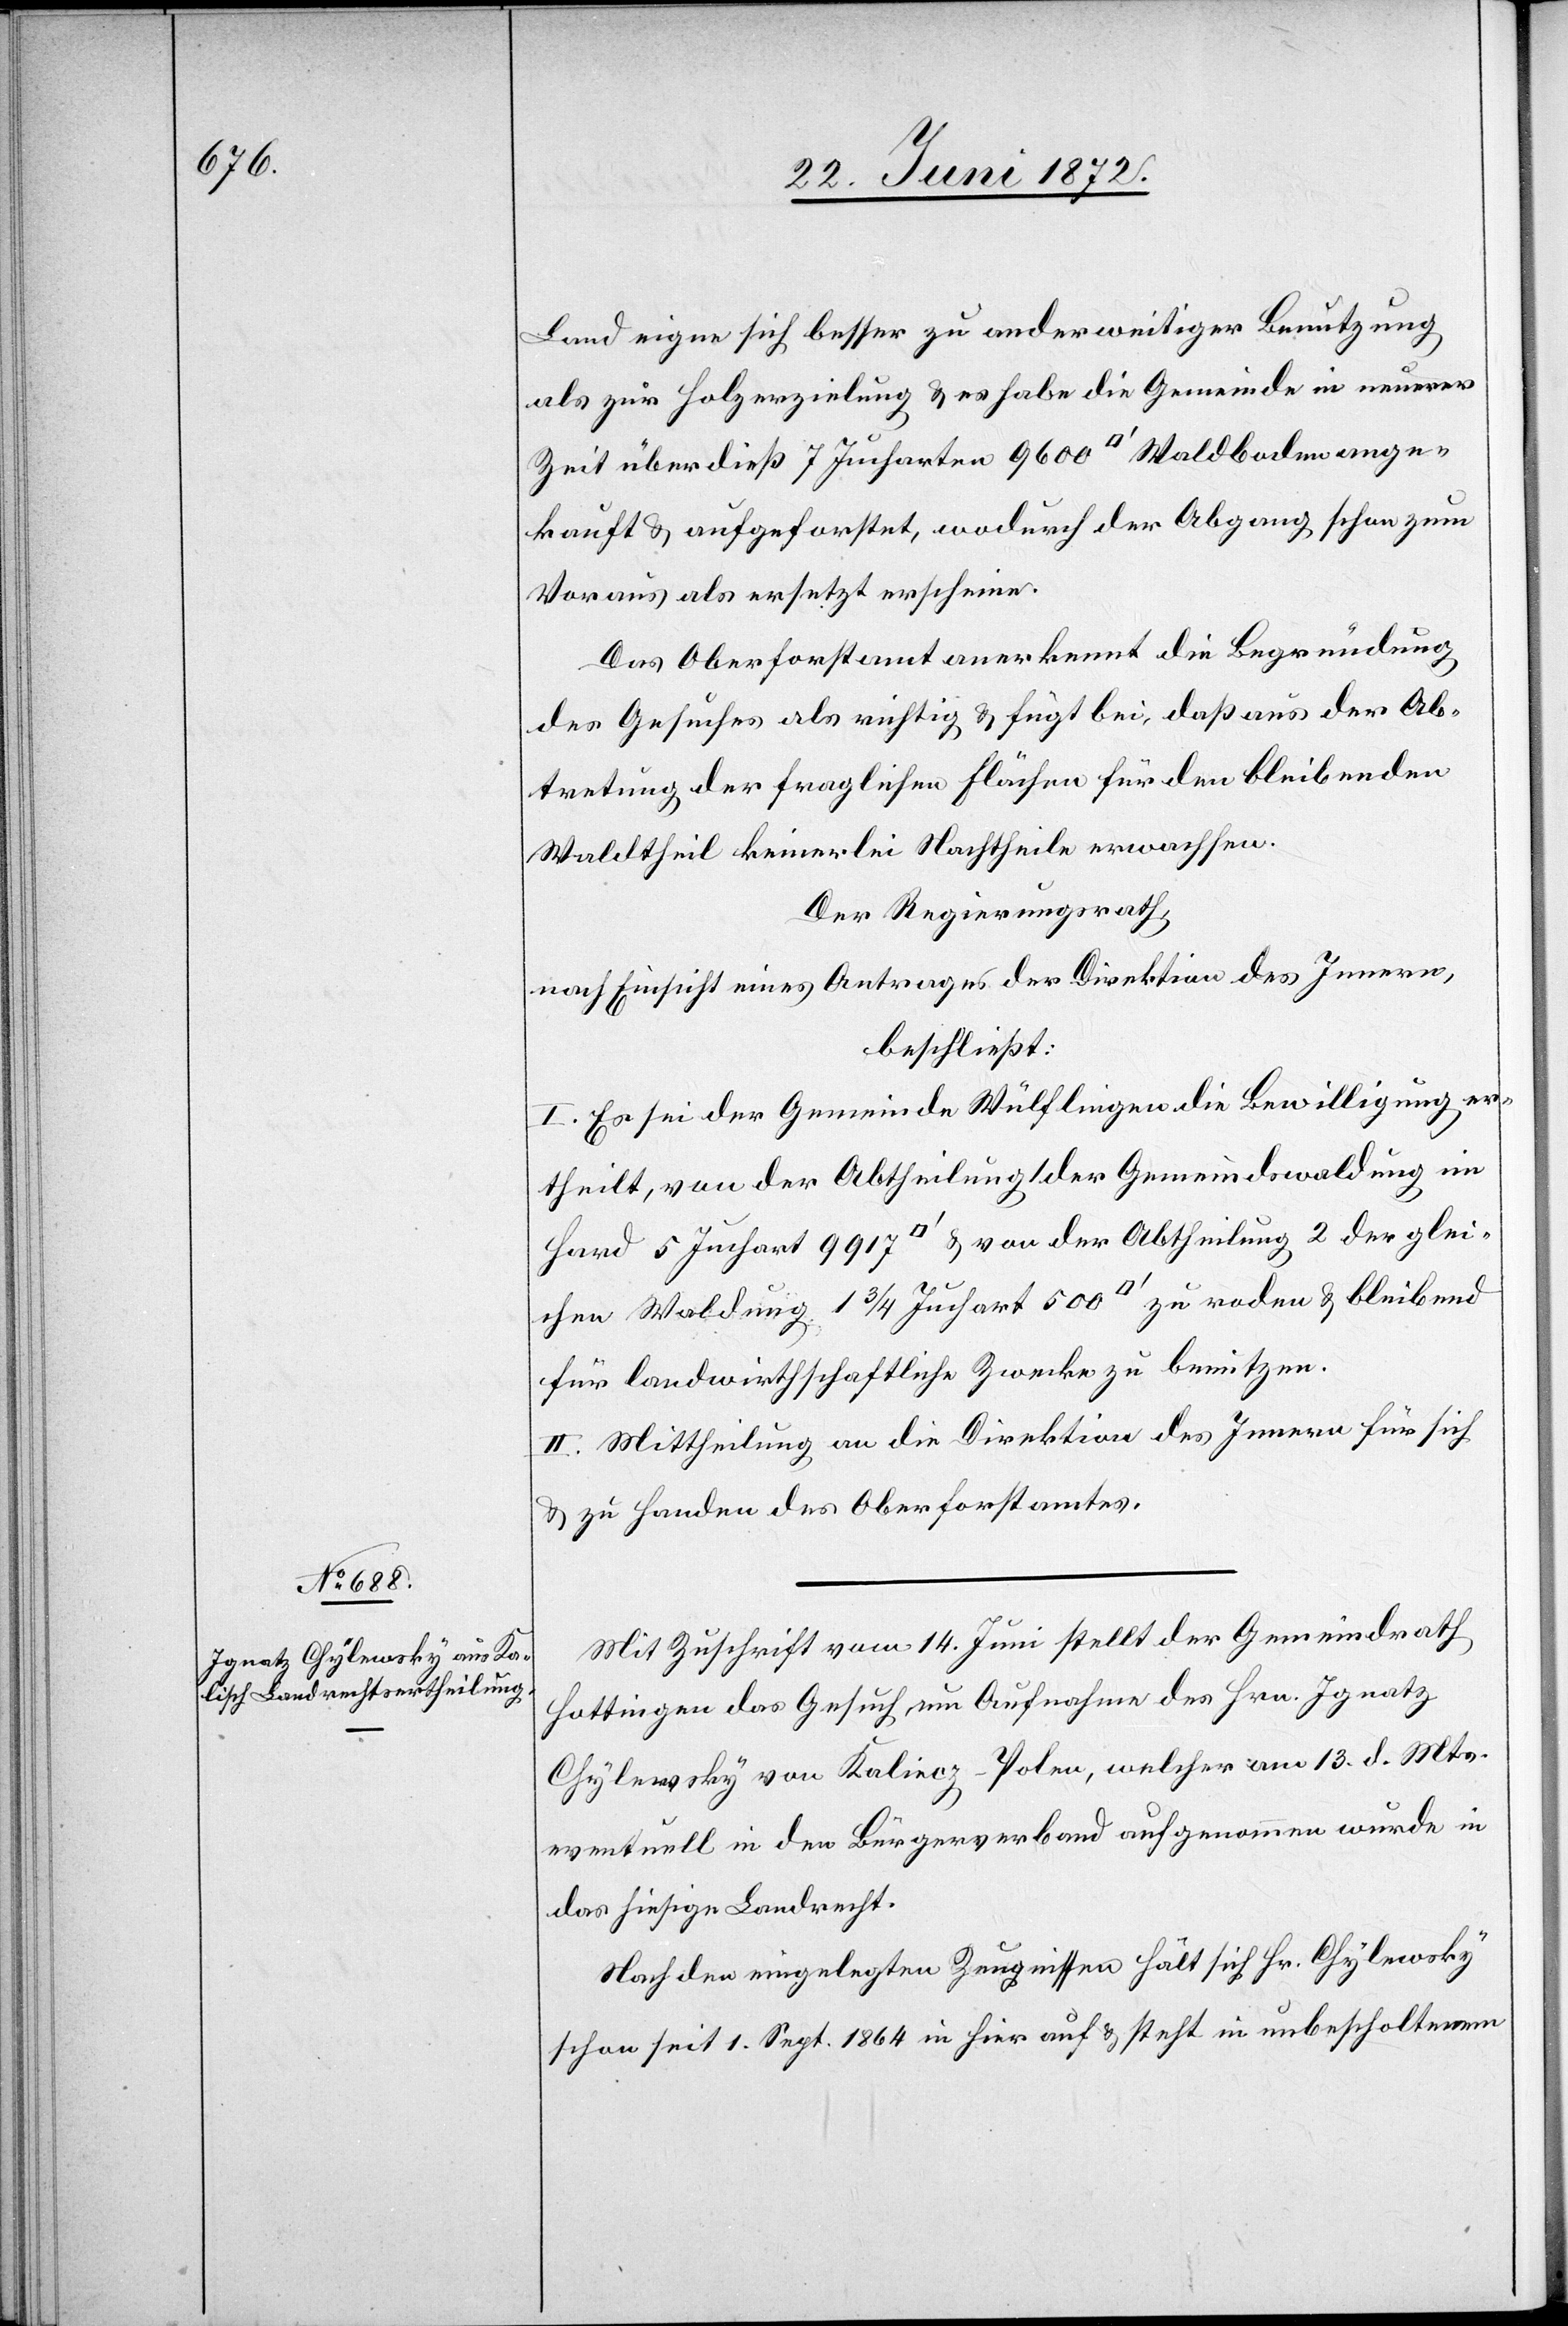
Land eigne sich besser zu anderweitiger Benutzung
als zur Holzerzielung u. es habe die Gemeinde in neuerer
Zeit überdieß 7 Jucharten 9600 [Quadratfuss] Waldboden ange¬
kauft u. aufgeforstet, wodurch der Abgang schon zum
Voraus als ersetzt erscheine.
Das Oberforstamt anerkennt die Begründung
des Gesuches als richtig u. fügt bei, daß aus der Ab¬
tretung der fraglichen Flächen für den bleibenden
Waldtheil keinerlei Nachtheile erwachsen.
Der Regierungsrath,
nach Einsicht eines Antrages der Direktion des Innern,
beschließt:
I. Es sei der Gemeinde Wülflingen die Bewilligung er¬
theilt, von der Abtheilung der Gemeindswaldung im
für landwirthschaftliche Zwecke zu benutzen.
II. Mittheilung an die Direktion des Innern für sich
u. zu Handen des Oberforstamtes.
Mit Zuschrift vom 14. Juni stellt der Gemeindrath
Hottingen das Gesuch um Aufnahme des Hrn. Ignatz
Chylewsky von Kaliecz-Polen [recte: Kalisz], welcher
eventuell in den Bürgerverband aufgenommen wurde in
das hiesige Landrecht.
Nach den eingelegten Zeugnissen hält sich Hr. Chylewsky
schon seit 1. Sept. 1864 in hier auf u. steht in unbescholtenem